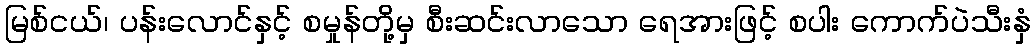
မြစ်ငယ်၊ ပန်းလောင်နှင့် စမှုန်တို့မှ စီးဆင်းလာသော ရေအားဖြင့် စပါး ကောက်ပဲသီးနှံ